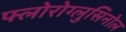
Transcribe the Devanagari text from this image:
फ्लोरोग्लुसिनोल